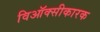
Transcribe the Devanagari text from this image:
विऑक्सीकारक